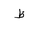
Letter: _za